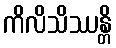
ကိလိသိဿန္တိ